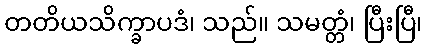
တတိယသိက္ခာပဒံ၊ သည်။ သမတ္တံ၊ ပြီးပြီ၊